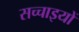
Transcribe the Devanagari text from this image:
सच्‍चाइयों